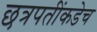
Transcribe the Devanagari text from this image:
छत्रपतींकडेच